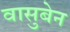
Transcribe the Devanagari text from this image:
वासुबेन